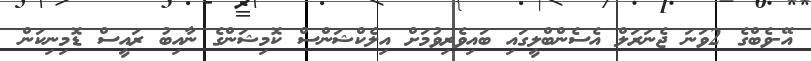
އޭ-ވެބްގެ 2ވަނަ ޖެނަރަލް އެސެންބްލީގައި ބައިވެރިވުމަށް އިލެކްޝަންސް ކޮމިޝަންގެ ނާއިބު ރައީސް ޑޮމިނިކަން